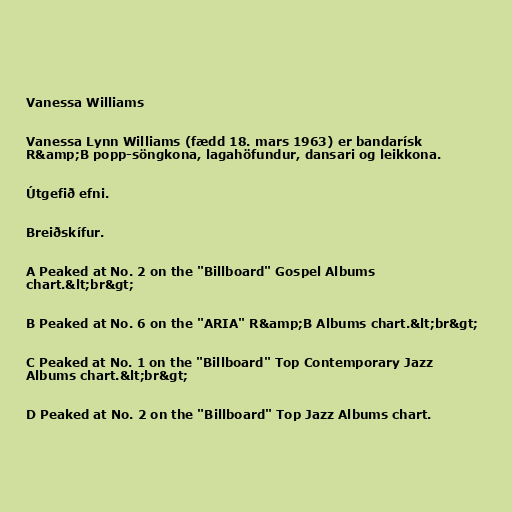
Vanessa Williams

Vanessa Lynn Williams (fædd 18. mars 1963) er bandarísk
R&amp;B popp-söngkona, lagahöfundur, dansari og leikkona.

Útgefið efni.

Breiðskífur.

A Peaked at No. 2 on the "Billboard" Gospel Albums
chart.&lt;br&gt;

B Peaked at No. 6 on the "ARIA" R&amp;B Albums chart.&lt;br&gt;

C Peaked at No. 1 on the "Billboard" Top Contemporary Jazz
Albums chart.&lt;br&gt;

D Peaked at No. 2 on the "Billboard" Top Jazz Albums chart.